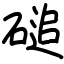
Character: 磓